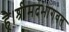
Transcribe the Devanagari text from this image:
है।श्रीमदभागवत